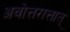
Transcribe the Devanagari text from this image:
अवोत्तरात्तात्